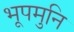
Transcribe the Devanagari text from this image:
भूपमुनि